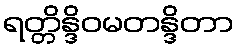
ရတ္တိန္ဒိဝမတန္ဒိတာ